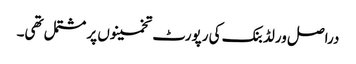
دراصل ورلڈ بنک کی رپورٹ تخمینوں پر مشتمل تھی۔